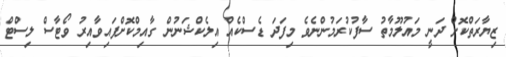
ޒިޔާރަތްކޮށް ދަނީ މައުލޫމާތު ސާފުކުރަމުންނެވެ މިފަދަ ޑެސްކެއް އިލެކްޝަނުން ގާއިމްކޮށްފައިވާއިރު ވޯޓާސް ލިސްޓް